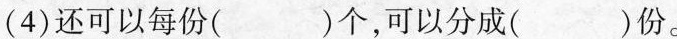
(4)还可以每份()个，可以分成()份。